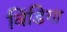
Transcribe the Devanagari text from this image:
विंडिगा